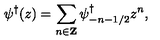
\psi ^ { \dagger } ( z ) = \sum _ { n \in { \bf Z } } \psi _ { - n - 1 / 2 } ^ { \dagger } z ^ { n } ,